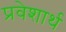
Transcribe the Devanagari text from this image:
प्रवेशार्थ